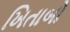
ખિતાબો